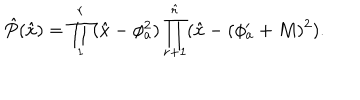
\hat { P } ( \hat { x } ) = \prod _ { 1 } ^ { r } ( \hat { x } - \phi _ { a } ^ { 2 } ) \prod _ { r + 1 } ^ { \hat { r } } ( \hat { x } - ( \phi _ { a } ^ { \prime } + M ) ^ { 2 } ) .